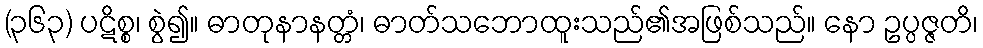
(၃၆၃) ပဋိစ္စ၊ စွဲ၍။ ဓာတုနာနတ္တံ၊ ဓာတ်သဘောထူးသည်၏အဖြစ်သည်။ နော ဥပ္ပဇ္ဇတိ၊